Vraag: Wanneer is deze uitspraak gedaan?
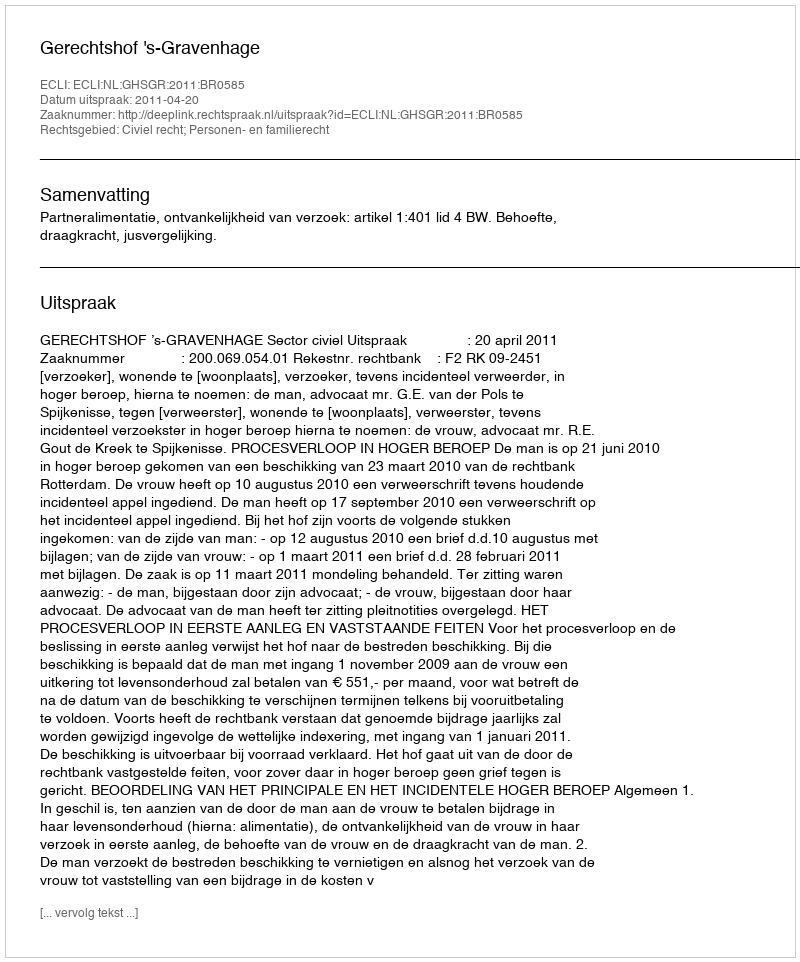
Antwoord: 2011-04-20